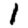
Digit: 1